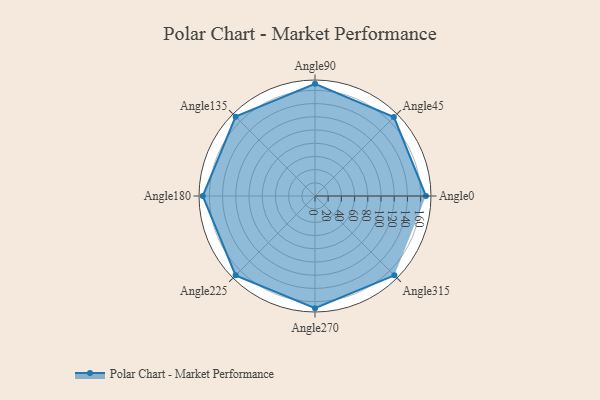
{"axis": {"x": "Angle", "y": "Radius"}, "legend": [""], "data": [{"x": "Angle0", "y": 168.0, "type": ""}, {"x": "Angle45", "y": 169.0, "type": ""}, {"x": "Angle90", "y": 170, "type": ""}, {"x": "Angle135", "y": 170, "type": ""}, {"x": "Angle180", "y": 170, "type": ""}, {"x": "Angle225", "y": 170, "type": ""}, {"x": "Angle270", "y": 170, "type": ""}, {"x": "Angle315", "y": 170, "type": ""}]}